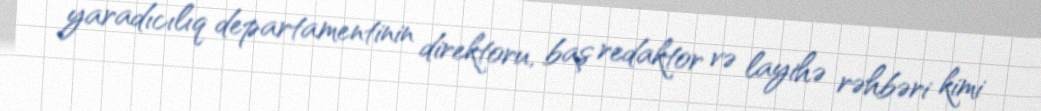
yaradıcılıq departamentinin direktoru, baş redaktor və layihə rəhbəri kimi